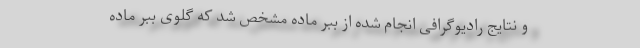
و نتایج رادیوگرافی انجام شده از ببر ماده مشخص شد که گلوی ببر ماده